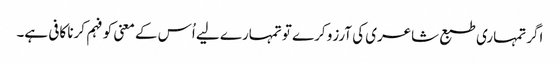
اگر تمہاری طبع شاعری کی آرزو کرے تو تمہارے لیے اُس کے معنی کو فہم کرنا کافی ہے۔